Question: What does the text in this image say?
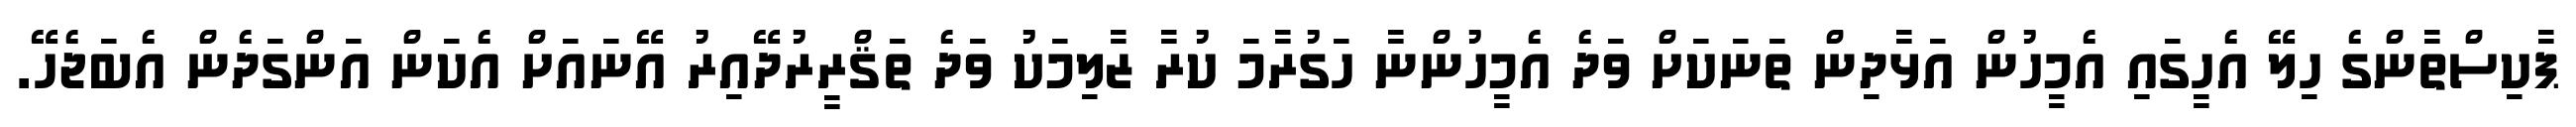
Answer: ޕާކިސްތާންގެ ހިލޭ އެހީގައި އެމީހުން އަޅާދިން ތަނަކަށް ވަދެ އެމީހުންނާ ހަގުރާމަ ކުރާ ޒާލިމަކު ވަދެ ތަޤްރީރުދޭއިރު އޭނައަށް އެކަން އަންގަދެން އެބަޖެހޭ.